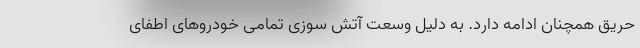
حریق همچنان ادامه دارد. به دلیل وسعت آتش سوزی تمامی خودروهای اطفای